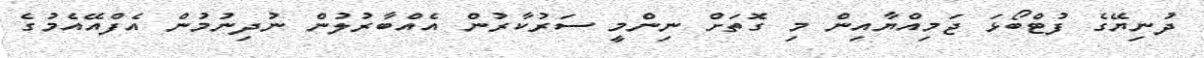
ދުނިޔޭގެ ފުޓްބޯޅަ ޖަމިއްޔާއިން މި ގޮތަށް ނިންމީ ސަރުކާރުން އެއްބާރުލުން ނުދިނުމުން އެފްއޭއެމުގެ